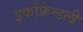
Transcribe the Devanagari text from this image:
इकोफ्रेन्डली